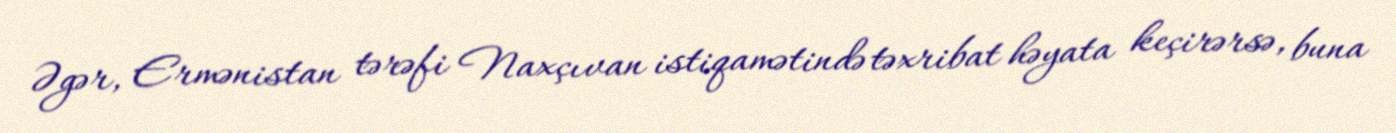
Əgər, Ermənistan tərəfi Naxçıvan istiqamətində təxribat həyata keçirərsə, buna